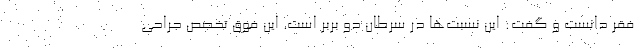
فقر دانست و گفت: این نسبت‌ها در سرطان دو بربر است. این فوق تخصص جراحی